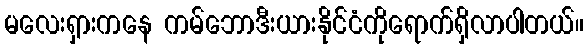
မလေးရှားကနေ ကမ်ဘောဒီးယားနိုင်ငံကိုရောက်ရှိလာပါတယ်။